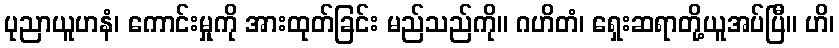
ပုညာယူဟနံ၊ ကောင်းမှုကို အားထုတ်ခြင်း မည်သည်ကို။ ဂဟိတံ၊ ရှေးဆရာတို့ယူအပ်ပြီ။ ဟိ၊